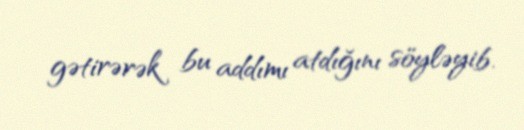
gətirərək bu addımı atdığını söyləyib.